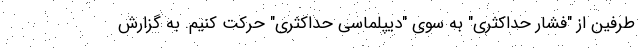
طرفین از "فشار حداکثری" به سوی "دیپلماسی حداکثری" حرکت کنیم. به گزارش